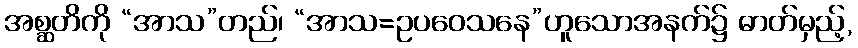
အစ္ဆတိကို “အာသ”တည်၊ “အာသ=ဥပဝေသနေ”ဟူသောအနက်၌ ဓာတ်မှည့်,